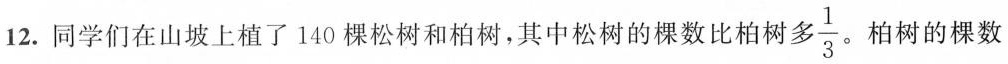
12.同学们在山坡上植了140棵松树和柏树，其中松树的棵数比柏树 多$$\frac{1}{3}$$ . 柏树的棵数$$\frac{()}{()}$$ 。